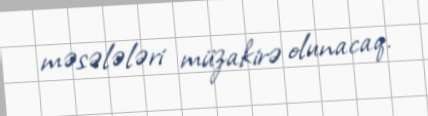
məsələləri müzakirə olunacaq.